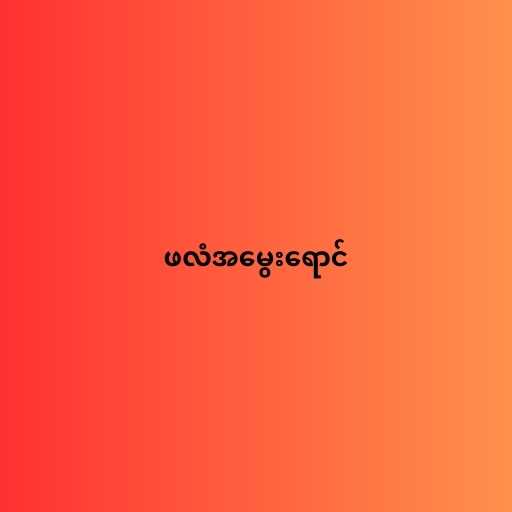
ဖလံအမွေးရောင်